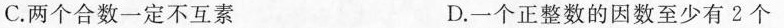
C.两个合数一定不互素 D.一个正整数的因数至少有2个